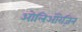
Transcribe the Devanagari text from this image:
ओलिओरेज़िन